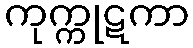
ကုက္ကုဋကာ